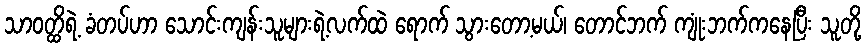
သာဝတ္ထိရဲ့ ခံတပ်ဟာ သောင်းကျန်းသူများရဲ့လက်ထဲ ရောက် သွားတော့မယ်၊ တောင်ဘက် ကျုံးဘက်ကနေပြီး သူတို့